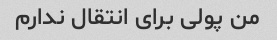
من پولی برای انتقال ندارم